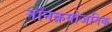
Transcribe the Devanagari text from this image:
नॉनक्रयोजनिक